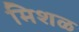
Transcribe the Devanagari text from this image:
मिशळ